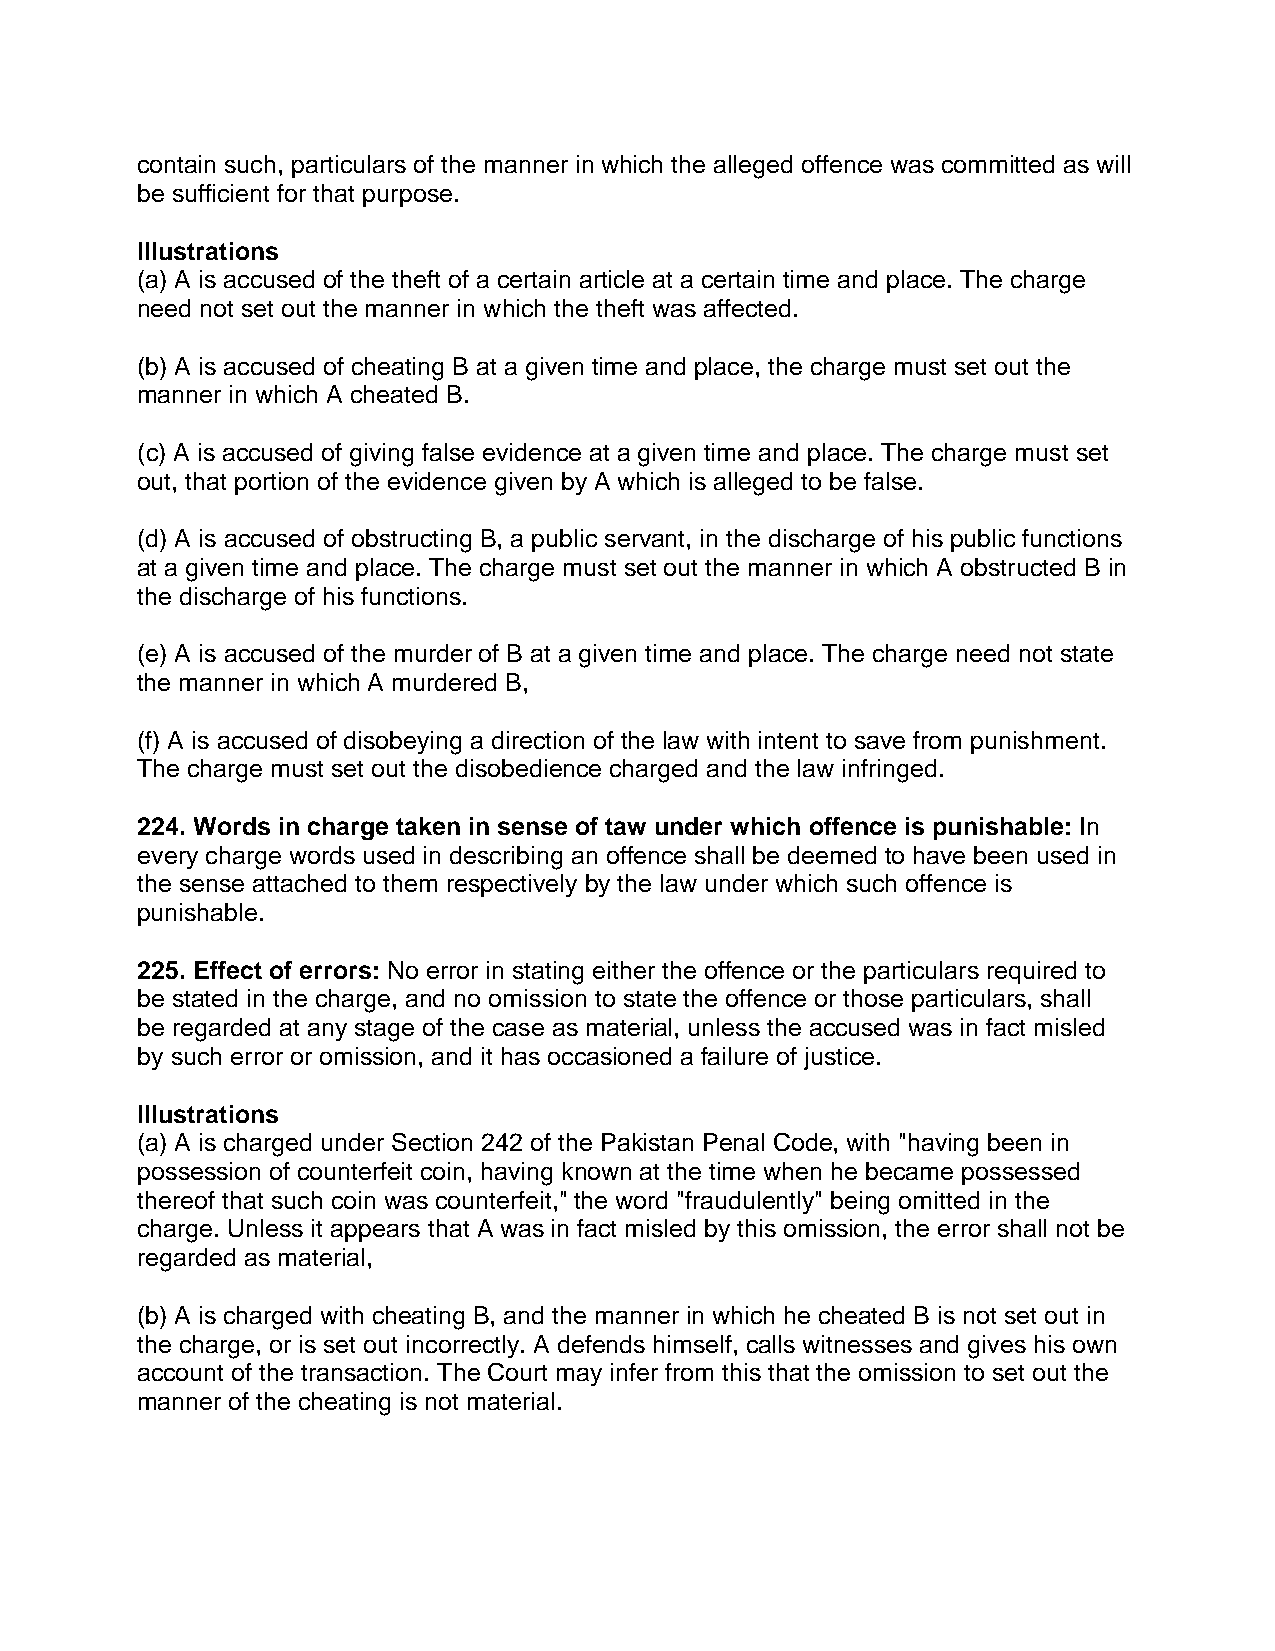
contain such, particulars of the manner in which the alleged offence was committed as will
 be sufficient for that purpose.
 Illustrations
 (a) A is accused of the theft of a certain article at a certain time and place. The charge
 need not set out the manner in which the theft was affected.
 (b) A is accused of cheating B at a given time and place, the charge must set out the
 manner in which A cheated B.
 (c) A is accused of giving false evidence at a given time and place. The charge must set
 out, that portion of the evidence given by A which is alleged to be false.
 (d) A is accused of obstructing B, a public servant, in the discharge of his public functions
 at a given time and place. The charge must set out the manner in which A obstructed B in
 the discharge of his functions.
 (e) A is accused of the murder of B at a given time and place. The charge need not state
 the manner in which A murdered B,
 (f) A is accused of disobeying a direction of the law with intent to save from punishment.
 The charge must set out the disobedience charged and the law infringed.
 224. Words in charge taken in sense of taw under which offence is punishable: In
 every charge words used in describing an offence shall be deemed to have been used in
 the sense attached to them respectively by the law under which such offence is
 punishable.
 225. Effect of errors: No error in stating either the offence or the particulars required to
 be stated in the charge, and no omission to state the offence or those particulars, shall
 be regarded at any stage of the case as material, unless the accused was in fact misled
 by such error or omission, and it has occasioned a failure of justice.
 Illustrations
 (a) A is charged under Section 242 of the Pakistan Penal Code, with "having been in
 possession of counterfeit coin, having known at the time when he became possessed
 thereof that such coin was counterfeit," the word "fraudulently" being omitted in the
 charge. Unless it appears that A was in fact misled by this omission, the error shall not be
 regarded as material,
 (b) A is charged with cheating B, and the manner in which he cheated B is not set out in
 the charge, or is set out incorrectly. A defends himself, calls witnesses and gives his own
 account of the transaction. The Court may infer from this that the omission to set out the
 manner of the cheating is not material.